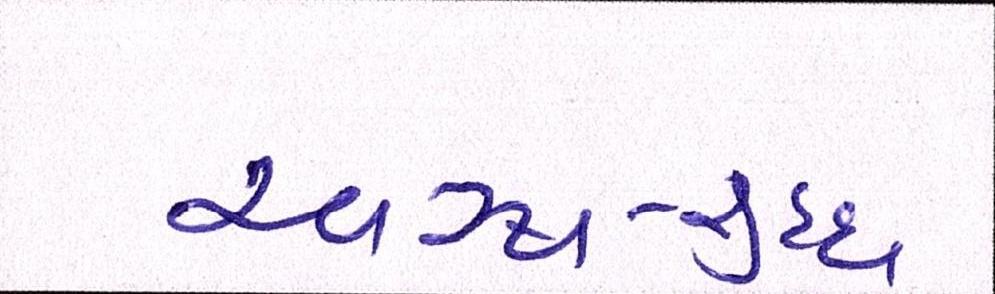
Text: સ્વસ્થ-શુદ્ધ